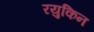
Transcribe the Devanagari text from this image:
रयुकिन